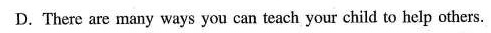
D. There are many ways you can teach your child to help others.